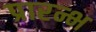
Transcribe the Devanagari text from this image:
प्रारन्भ